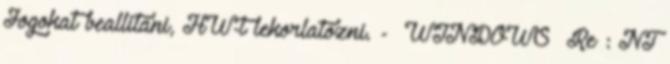
Jogokat beallitani, HW-t lekorlatozni. - WINDOWS Re : NT